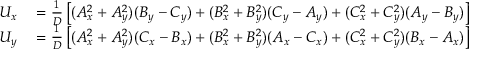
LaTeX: \begin{array} { r l } { U _ { x } } & { { } = { \frac { 1 } { D } } \left[ ( A _ { x } ^ { 2 } + A _ { y } ^ { 2 } ) ( B _ { y } - C _ { y } ) + ( B _ { x } ^ { 2 } + B _ { y } ^ { 2 } ) ( C _ { y } - A _ { y } ) + ( C _ { x } ^ { 2 } + C _ { y } ^ { 2 } ) ( A _ { y } - B _ { y } ) \right] } \\ { U _ { y } } & { { } = { \frac { 1 } { D } } \left[ ( A _ { x } ^ { 2 } + A _ { y } ^ { 2 } ) ( C _ { x } - B _ { x } ) + ( B _ { x } ^ { 2 } + B _ { y } ^ { 2 } ) ( A _ { x } - C _ { x } ) + ( C _ { x } ^ { 2 } + C _ { y } ^ { 2 } ) ( B _ { x } - A _ { x } ) \right] } \end{array}